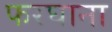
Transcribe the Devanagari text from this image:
फरघाना